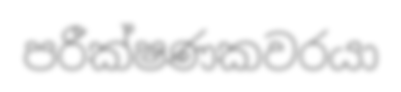
පරීක්ෂණකවරයා